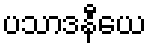
ပသာဒနီယေ